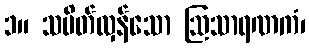
၁။ သပိတ်လှန်သော ဩသာရဏကံ၊